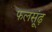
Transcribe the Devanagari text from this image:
फलसूंढ़